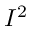
I ^ { 2 }